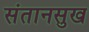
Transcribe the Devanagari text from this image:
संतानसुख